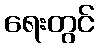
ရေးတွင်